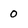
Character: 0